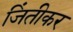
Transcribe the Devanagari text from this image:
जिंतीकर